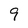
Character: 9